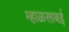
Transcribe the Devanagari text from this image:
म्हाळसाबई